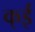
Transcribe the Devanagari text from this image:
क्ई